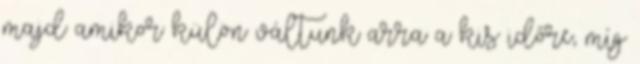
majd amikor külön váltunk arra a kis időre, míg